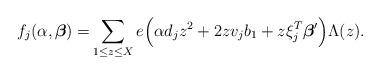
LaTeX: \begin{align*} f_j(\alpha,\boldsymbol{\beta})=& \sum_{\substack{1\le z\le X}} e\Big(\alpha d_jz^2+2zv_jb_1+z\xi_j^{T}\boldsymbol{\beta}'\Big)\Lambda(z).\end{align*}